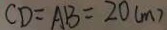
C D = A B = 2 0 ( m )